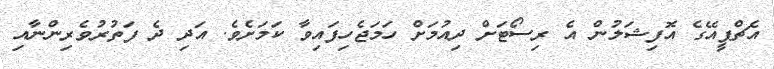
އެޗްޕީއޭގެ އޮފިޝަލުން އެ ރިސޯޓަށް ދިއުމަށް ހަމަޖެހިފައިވާ ކަމަށެވެ. އަދި ދެ ފަތުރުވެރިންނާއި